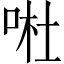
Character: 𠴗